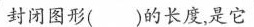
封闭图形( )的长度，是它的